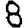
Digit: 8